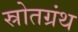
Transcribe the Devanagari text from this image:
स्रोतग्रंथ